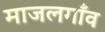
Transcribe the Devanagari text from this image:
माजलगाँव